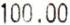
100.00